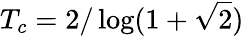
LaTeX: T_{c}=2/\log(1+\sqrt{2})